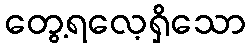
တွေ့ရလေ့ရှိသော